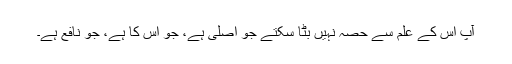
آپ اس کے علم سے حصہ نہیں بٹا سکتے جو اصلی ہے، جو اس کا ہے، جو نافع ہے۔